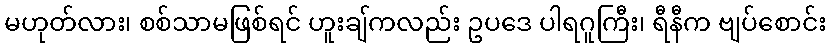
မဟုတ်လား၊ စစ်သာမဖြစ်ရင် ဟူးချ်ကလည်း ဥပဒေ ပါရဂူကြီး၊ ရီနီက ဗျပ်စောင်း